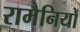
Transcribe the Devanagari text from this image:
रामैनियों